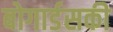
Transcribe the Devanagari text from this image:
बोगार्डसकी